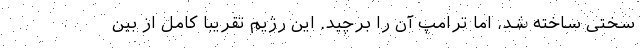
سختی ساخته شد، اما ترامپ آن را برچید. این رژیم تقریبا کامل از بین